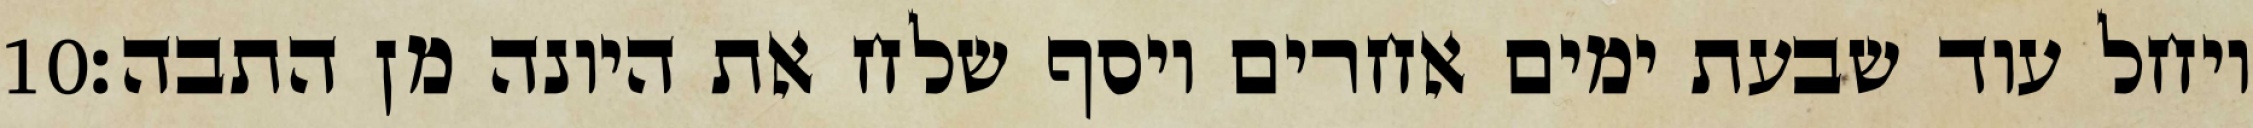
‎10‏ ויחל עוד שבעת ימים אחרים ויסף שלח את היונה מן התבה׃